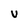
Character: V